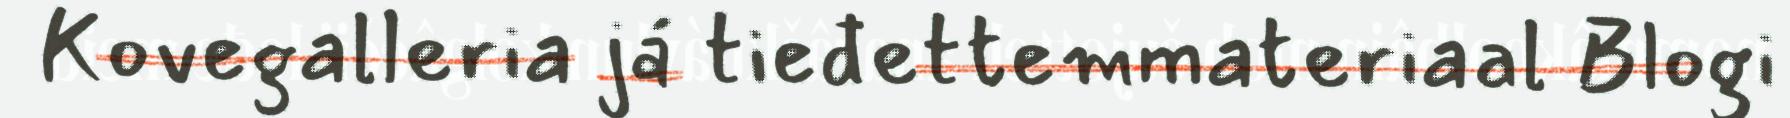
Kovegalleria já tieđettemmateriaal Blogi